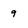
Character: 9